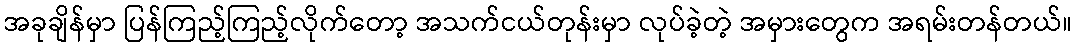
အခုချိန်မှာ ပြန်ကြည့်ကြည့်လိုက်တော့ အသက်ငယ်တုန်းမှာ လုပ်ခဲ့တဲ့ အမှားတွေက အရမ်းတန်တယ်။